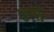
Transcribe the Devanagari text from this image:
लुथाॅर